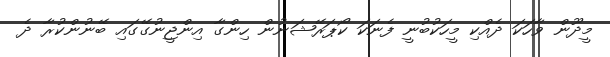
މީދޫން ވާހަކަ ދެއްކި މީހަކުބުނީ ފެނަކަ ކޯޕަރޭޝަނުން ހިންގާ އިންޖީނުގޭގައި ބޭނުންކުރާ ދެ